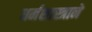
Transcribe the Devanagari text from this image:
धर्मशास्त्राने